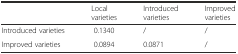
|  | Local varieties | Introduced varieties | Improved varieties |
 | --- | --- | --- | --- |
 | Introduced varieties | 0.1340 | / | / |
 | Improved varieties | 0.0894 | 0.0871 | / |